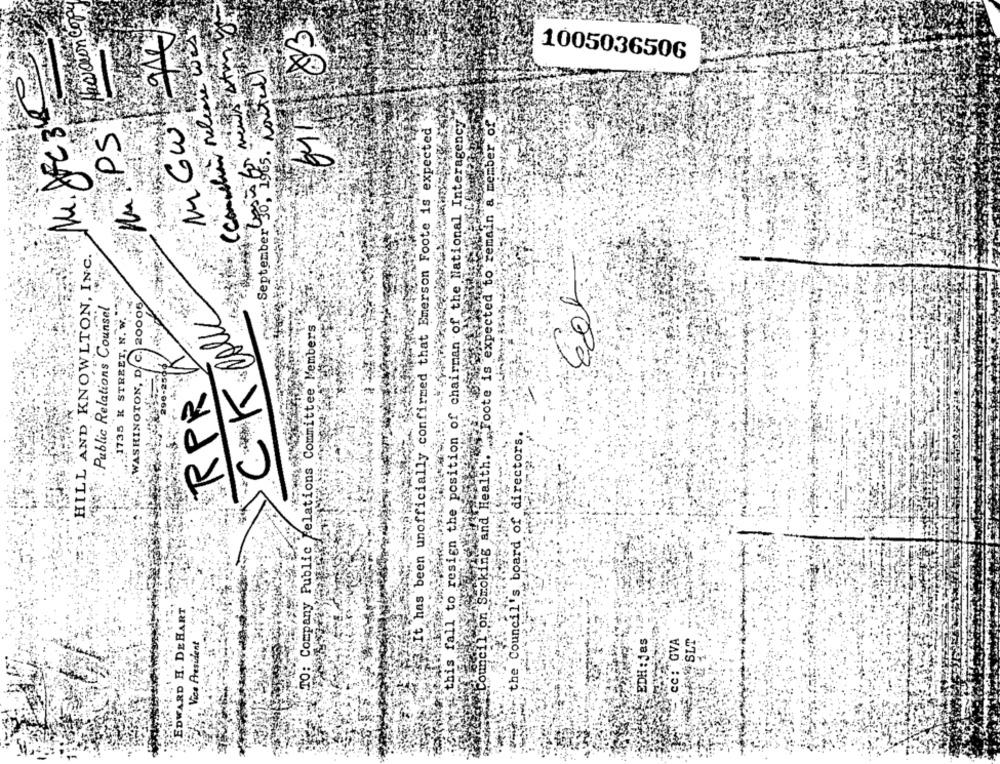
Herown Copy
IMGW que
(comelien release 200
611 83
cantell
1005036506
this fall to resign the position of chairman of the National Interagency.
Foote is expected to remain a member of
M. PS
3.It has been unofficially confirmed that Emerson Foote is expected
September 50, 1565.
:HILL AND KNOWLTON, INC.
CKOU
Tolk
9 :Public Relations Counsel
WASHINGTON, D. C. 20006
: 1735 K STREET, N. W.
TO: Company Public Relations Committee Members
RPR
e Council's board of directors.
ng and Healt
EDWARD H. DEHART
Vice President
EDH:Jas
cc: GVA
SLT